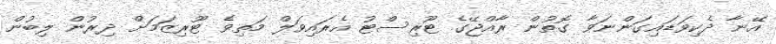
އޭނާ ދެކިވަަޑައިގަންނަވާ ގޮތުން ރާއްޖޭގެ ޓޫރިސްޓު އެރައިވަލް މަތިވެ ޓޫރިޒަމަށް ދިރުން ލިބުން